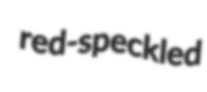
red-speckled